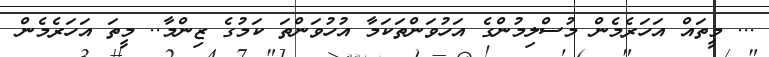
... މީތައް އަހަރެމެން މުސްލިމުންގެ އަހުވަންތަކަމާ އުހުވަންތަ ކަމުގެ ޒިންމާ.. މީތަ އަހަރެމެން